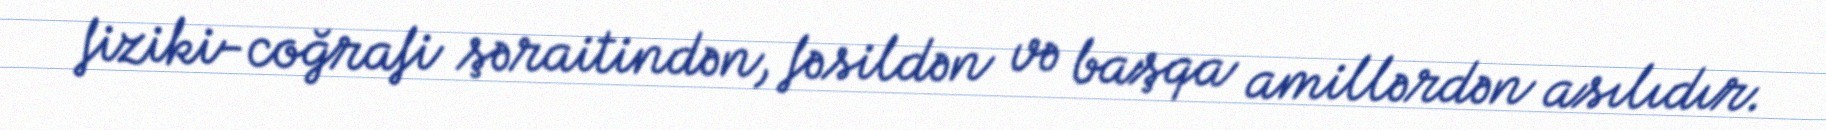
fiziki-coğrafi şəraitindən, fəsildən və başqa amillərdən asılıdır.